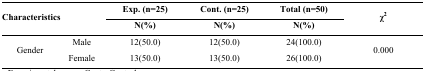
<table><thead><tr><td rowspan="3" colspan="2"><b>Characteristics</b></td><td><b>Exp. (n=25)</b></td><td><b>Cont. (n=25)</b></td><td><b>Total (n=50)</b></td><td rowspan="3"><b>χ<sup>2</sup></b></td></tr><tr><td><b>N(%)</b></td><td><b>N(%)</b></td><td><b>N(%)</b></td></tr></thead><tbody><tr><td rowspan="2">Gender</td><td>Male</td><td>12(50.0)</td><td>12(50.0)</td><td>24(100.0)</td><td rowspan="2">0.000</td></tr><tr><td>Female</td><td>13(50.0)</td><td>13(50.0)</td><td>26(100.0)</td></tr></tbody></table>